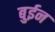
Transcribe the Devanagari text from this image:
बुईन